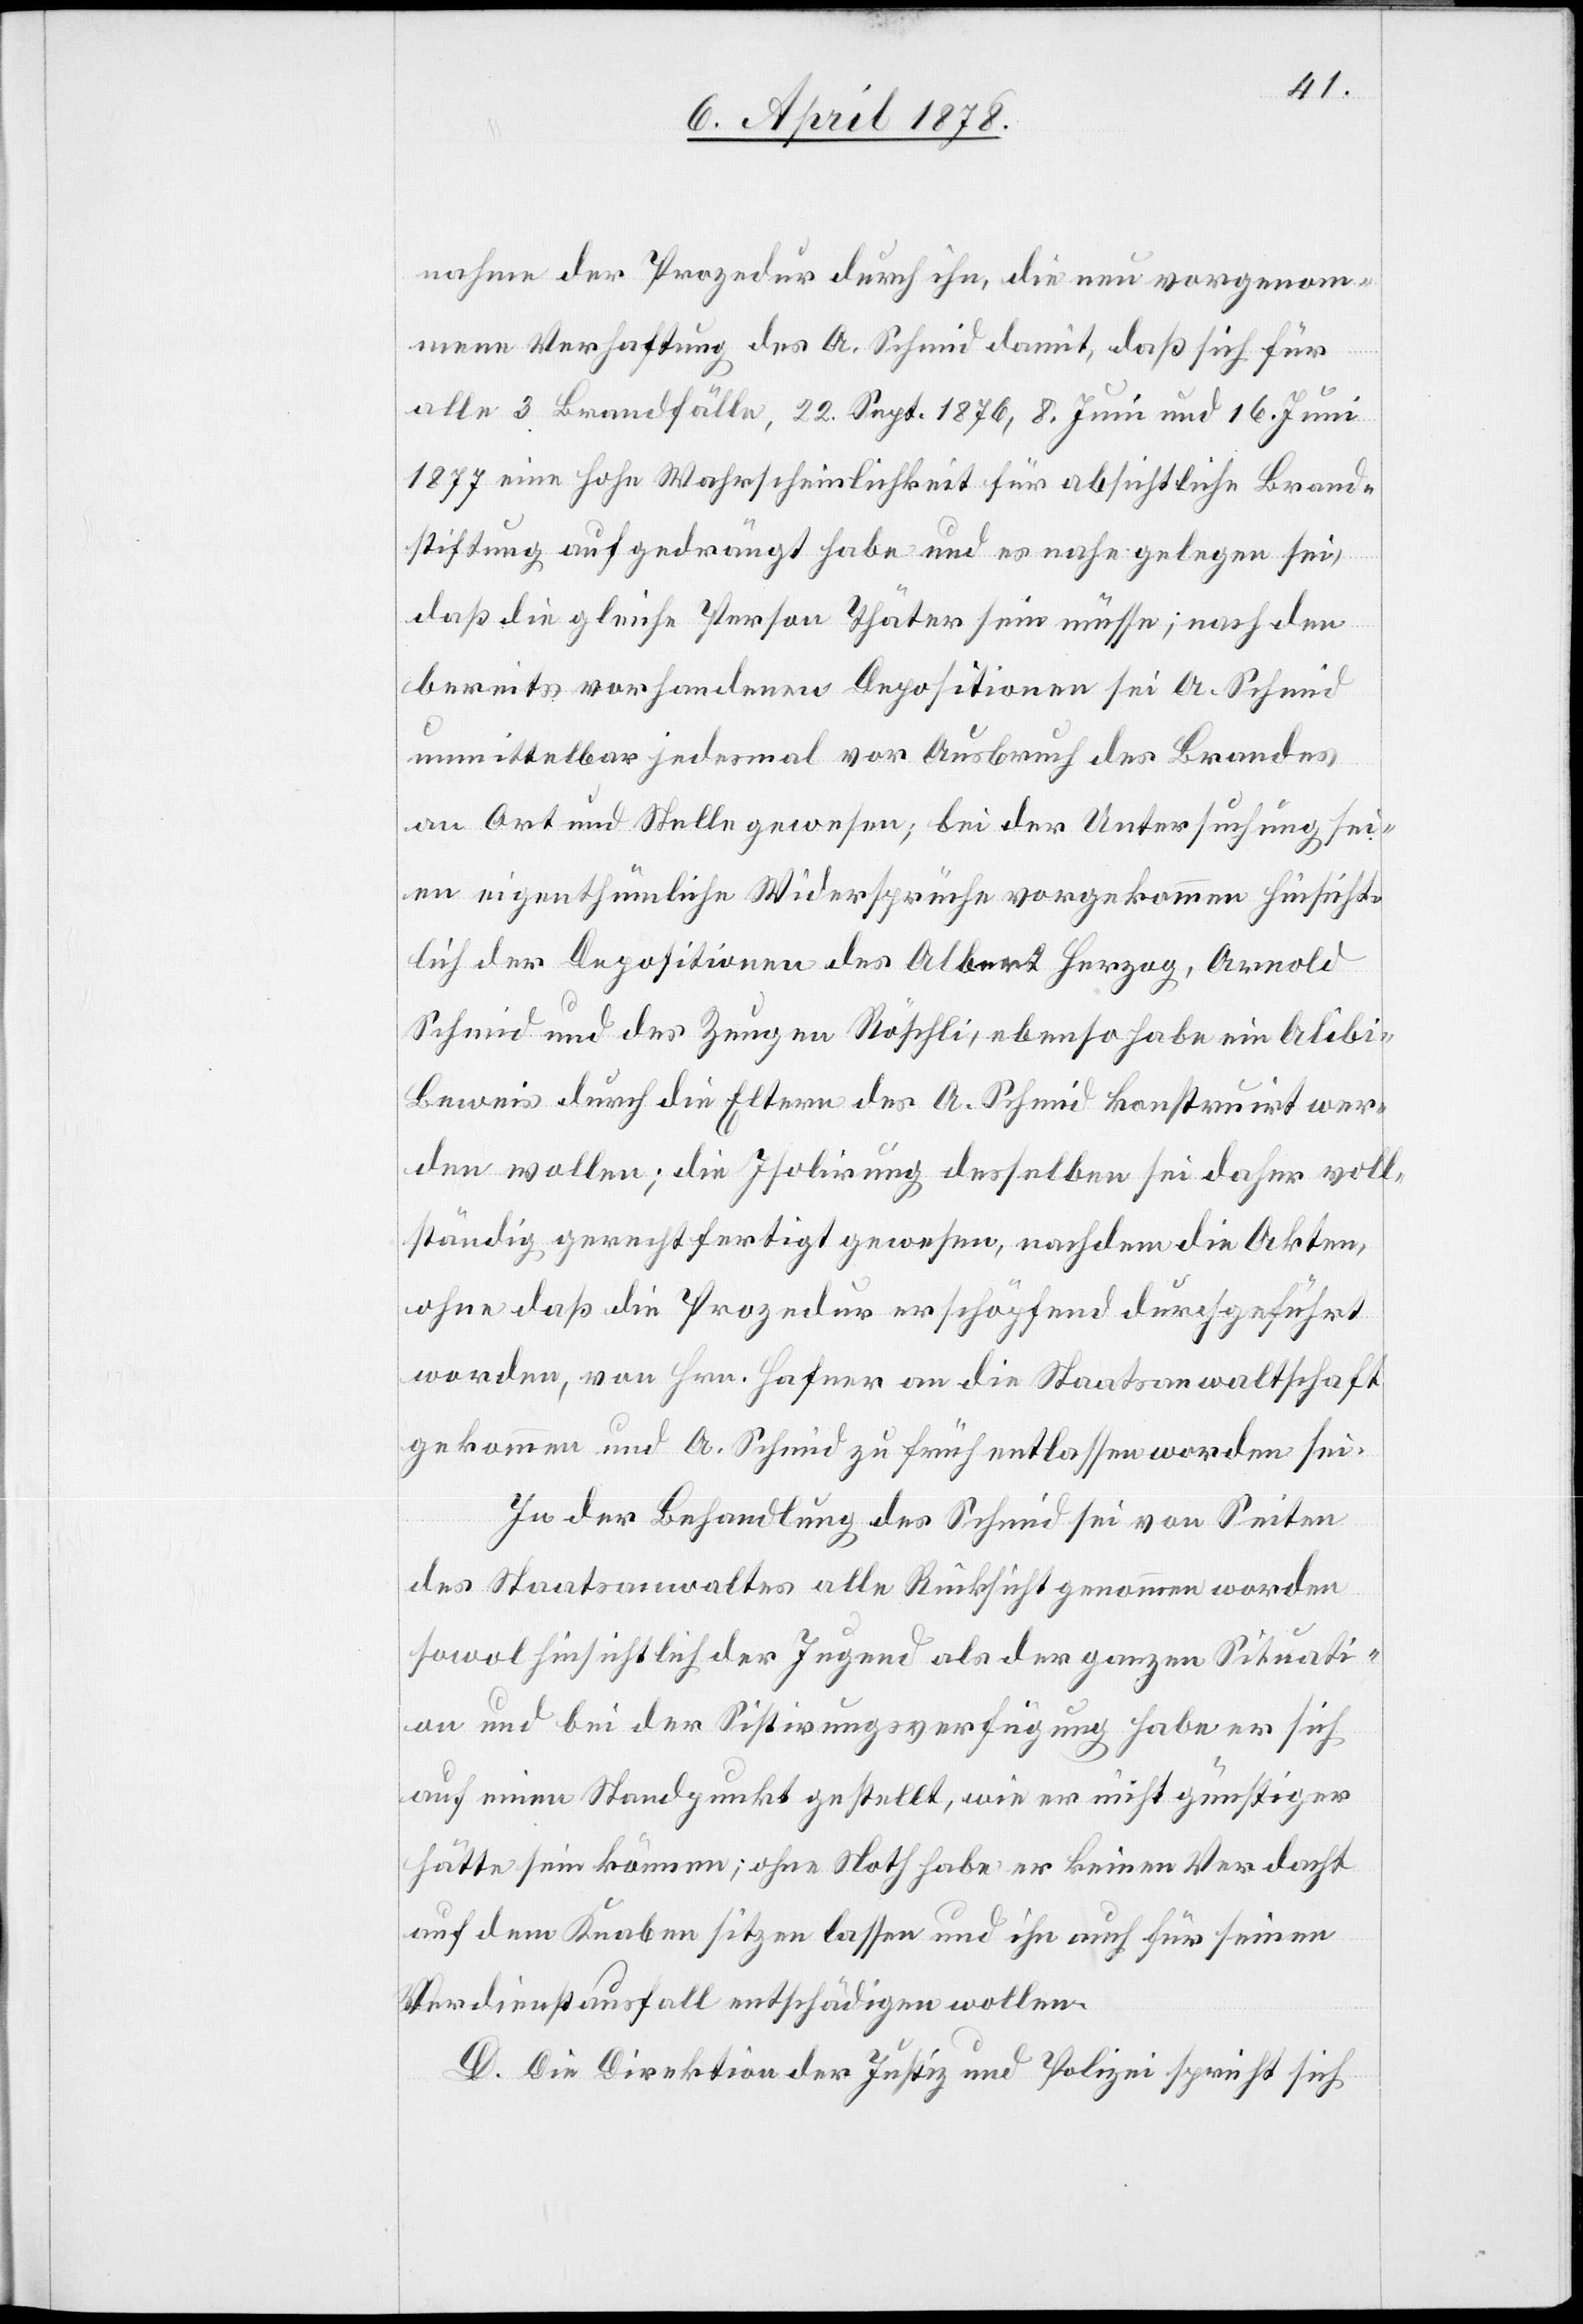
nahme der Prozedur durch ihn, die nun vorgenom¬
mene Verhaftung des A. Schmid damit, daß sich für
alle 3 Brandfälle, 22. Sept. 1876, 8. Juni und 16. Juni
1877 eine hohe Wahrscheinlichkeit für absichtliche Brand¬
stiftung aufgedrängt habe und es nahe gelegen sei,
daß die gleiche Person Thäter sein müsse, nach den
bereits vorhandenen Depositionen sei A. Schmid
unmittelbar jedesmal vor Ausbruch des Brandes
an Ort und Stelle gewesen; bei der Untersuchung sei¬
en eigenthümliche Widersprüche vorgekommen hinsicht¬
lich der Depositionen des Albert Herzog, Arnold
Schmid und des Zeugen Röschli, ebenso habe ein Alibi-B¬
eweis durch die Eltern des A. Schmid konstruiert wer¬
den wollen; die Isolirung desselben sei daher voll¬
ständig gerechtfertigt gewesen, nachdem die Akten,
ohne daß die Prozedur erschöpfend durchgeführt
worden, von Hrn. Hafner an die Staatsanwaltschaft
gekommen und A. Schmid zu früh entlassen worden sei.
In der Behandlung des Schmid sei von Seiten
des Staatsanwaltes alle Rücksicht genommen worden
sowol hinsichtlich der Jugend als der ganzen Situati¬
on und bei der Sistirungsverfügung habe er sich
auf einen Standpunkt gestellt, wie er nicht günstiger
hätte sein können; ohne Noth habe er keinen Verdacht
auf dem Knaben sitzen lassen und ihn auch für seinen
Verdienstausfall entschädigen wollen.
D. Die Direktion der Justiz und Polizei spricht sich